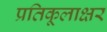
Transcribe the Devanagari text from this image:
प्रतिकूलाक्षर